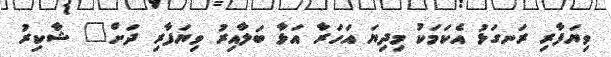
ވިޔަފާރި ރަނގަޅު އެކަމަކު މިދިޔަ އަހަރާ އަޅާ ބަލާއިރު ވިޔަފާރި ދަށް" ޝާކިރު